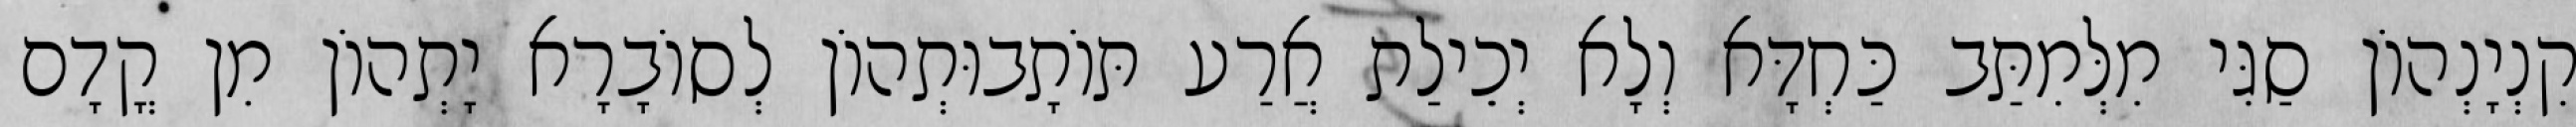
קִנְיָנְהוֹן סַגִּי מִלְּמִתַּב כַּחְדָּא וְלָא יְכֵילַת אֲרַע תּוֹתָבוּתְהוֹן לְסוֹבָרָא יָתְהוֹן מִן קֳדָם